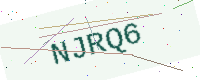
Text: NJRQ6